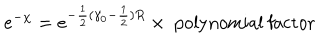
e ^ { - \chi } = e ^ { - \frac 1 2 ( \gamma _ { 0 } - \frac 1 2 ) R } \times \mathrm { ~ p o l y n o m i a l ~ f a c t o r }